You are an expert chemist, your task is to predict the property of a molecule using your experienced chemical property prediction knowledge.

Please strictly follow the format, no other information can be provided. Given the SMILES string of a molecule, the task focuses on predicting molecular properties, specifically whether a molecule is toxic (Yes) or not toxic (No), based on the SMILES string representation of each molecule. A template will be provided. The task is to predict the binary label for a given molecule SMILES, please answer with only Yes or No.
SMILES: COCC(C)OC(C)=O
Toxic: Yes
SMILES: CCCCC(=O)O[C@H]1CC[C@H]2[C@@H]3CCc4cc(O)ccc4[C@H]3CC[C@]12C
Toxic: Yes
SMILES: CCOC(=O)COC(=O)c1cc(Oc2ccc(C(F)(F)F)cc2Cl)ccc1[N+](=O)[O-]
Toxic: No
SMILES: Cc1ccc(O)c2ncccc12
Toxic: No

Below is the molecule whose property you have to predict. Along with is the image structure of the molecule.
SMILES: CCc1cnc(C(=O)O)c(C(=O)O)c1
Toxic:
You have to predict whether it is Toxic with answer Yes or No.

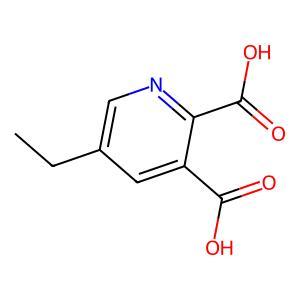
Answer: No